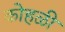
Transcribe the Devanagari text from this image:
कोहळी